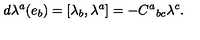
d \lambda ^ { a } ( e _ { b } ) = [ \lambda _ { b } , \lambda ^ { a } ] = - C ^ { a } { } _ { b c } \lambda ^ { c } .